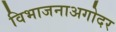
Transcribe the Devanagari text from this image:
विभाजनाअगोदर